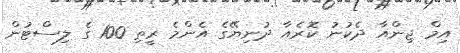
އިމް ޖިންއާ ދެކުނު ކޮރެއާ ދުނިޔޭގެ އެންމެ ރީތި 100 ގެ ލިސްޓުން